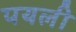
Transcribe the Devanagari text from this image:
पयली